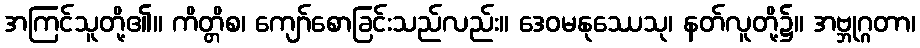
အကြင်သူတို့၏။ ကိတ္တိစ၊ ကျော်စောခြင်းသည်လည်း။ ဒေဝမနုဿေသု၊ နတ်လူတို့၌။ အဗ္ဘုဂ္ဂတာ၊